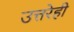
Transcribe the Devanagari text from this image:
उत्तरेही